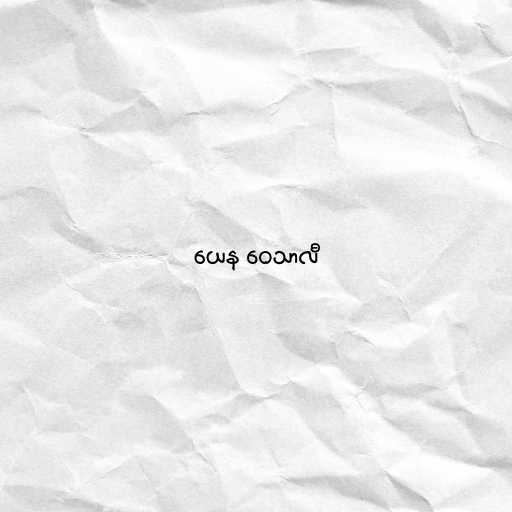
ယေန ဝေသာလီ